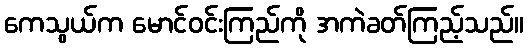
ကေသွယ်က မောင်ဝင်းကြည်ကို အကဲခတ်ကြည့်သည်။